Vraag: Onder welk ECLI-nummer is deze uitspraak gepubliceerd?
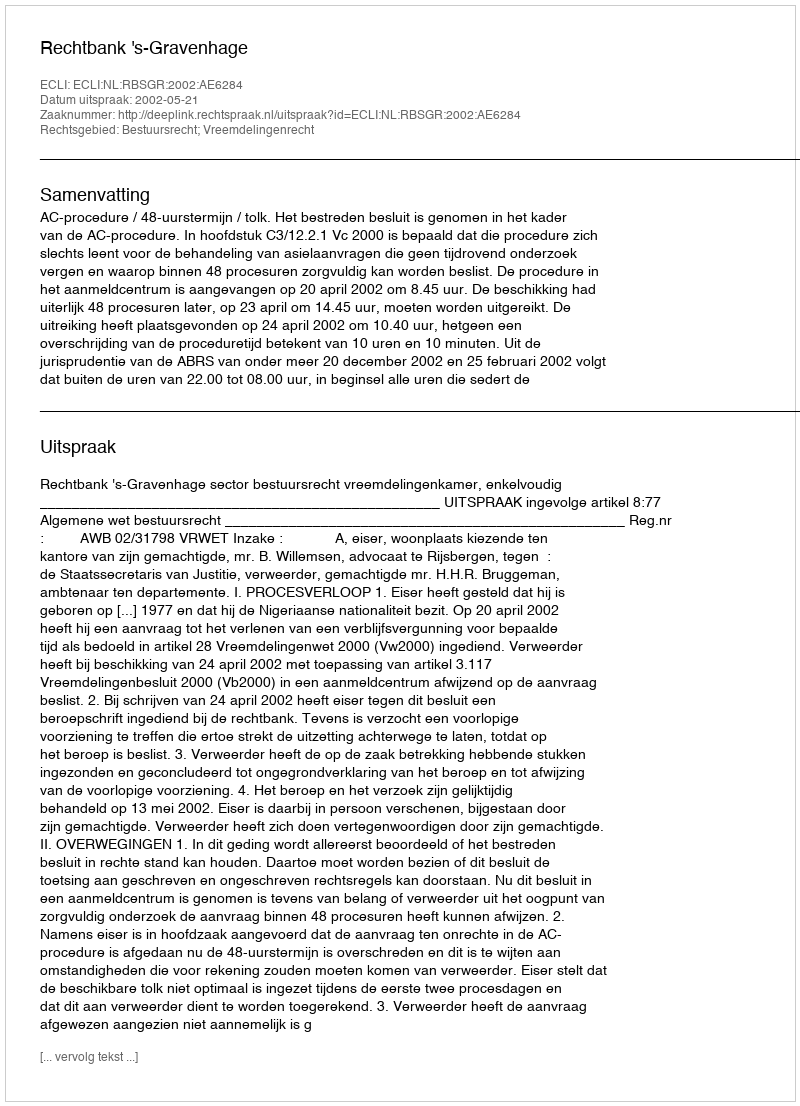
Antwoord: ECLI:NL:RBSGR:2002:AE6284